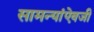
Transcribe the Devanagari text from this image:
सामन्यांऐवजी